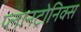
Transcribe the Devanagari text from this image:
प्लानट्रोनिक्स